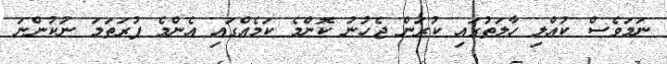
ނަމަވެސް ކުއްލި ހާލަތުގައި ކުރަން ޖެހުނު ކޮންމެ ކަމެއްގައި އެންމެ ފުރަތަމަ ނުކުންނަ